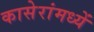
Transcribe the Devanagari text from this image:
कासेरांमध्यें